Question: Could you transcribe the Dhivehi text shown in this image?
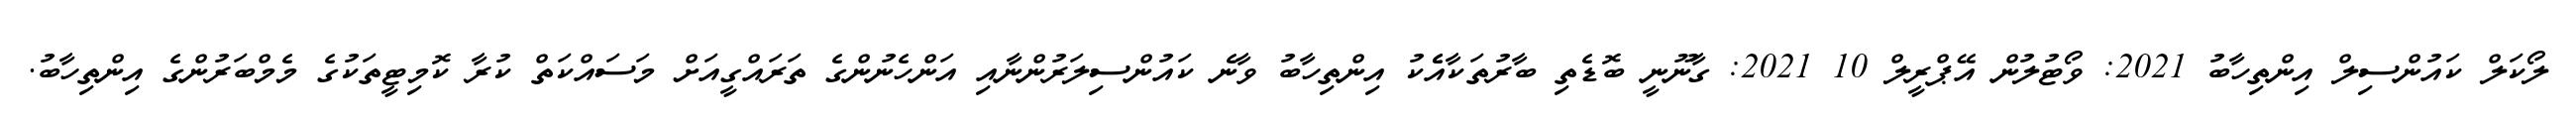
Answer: ލޯކަލް ކައުންސިލް އިންތިހާބު 2021: ވޯޓުލުން އޭޕްރީލް 10 2021: ގާނޫނީ ބޮޑެތި ބާރުތަކާއެެކު އިންތިހާބު ވާނެ ކައުންސިލަރުންނާއި އަންހެނުންގެ ތަރައްގީއަށް މަސައްކަތް ކުރާ ކޮމިޓީތަކުގެ މެމްބަރުންގެ އިންތިހާބު.